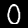
Digit: 0